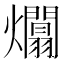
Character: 𤒻